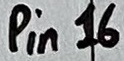
Text: Pin16